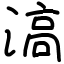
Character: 滈